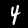
Digit: 4